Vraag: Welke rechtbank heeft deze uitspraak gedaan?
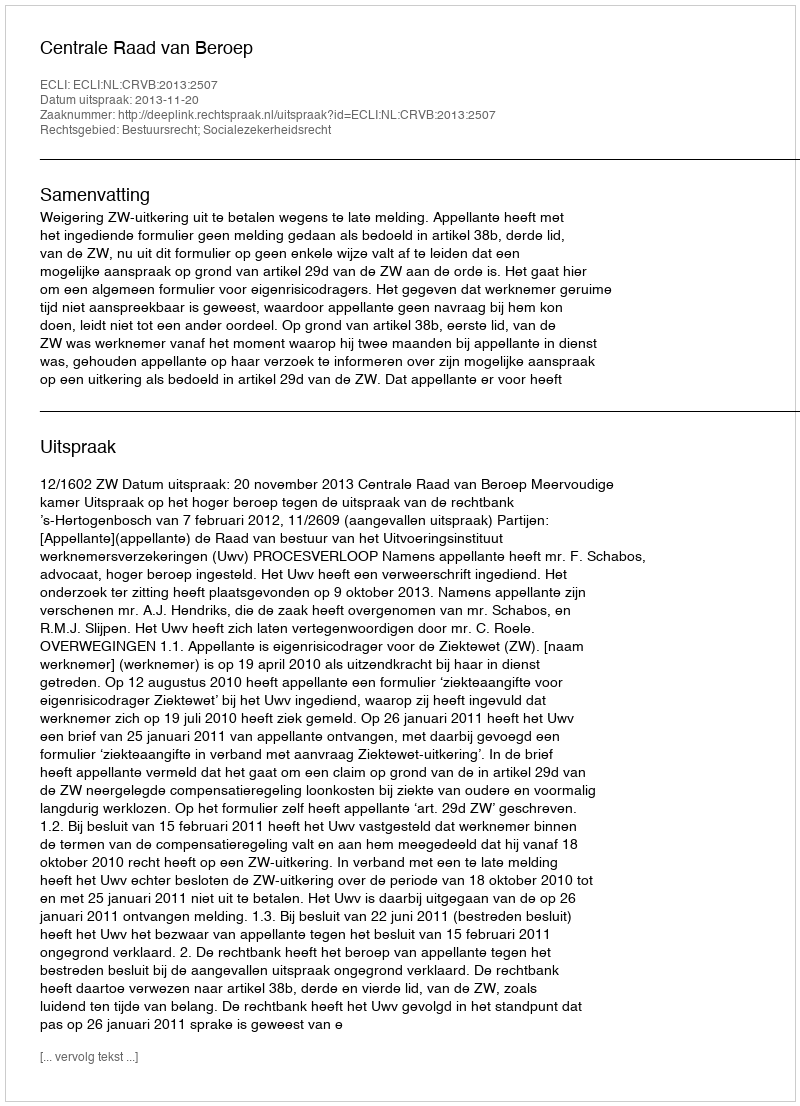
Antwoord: Centrale Raad van Beroep